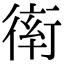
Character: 𧗵